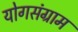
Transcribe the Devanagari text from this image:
योगसंग्राम